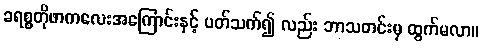
ခရစ္စတိုဖာကလေးအကြောင်းနှင့် ပတ်သက်၍ လည်း ဘာသတင်းမှ ထွက်မလာ။